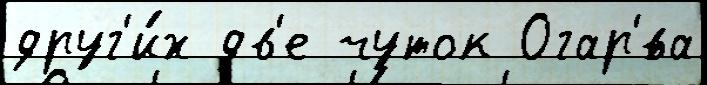
друг'и́х дв'е чуток Огар'́ва